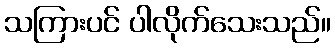
သကြားပင် ပါလိုက်သေးသည်။